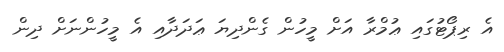
އެ ރިޕޯޓުގައި ޢުމްރާ އަށް މީހުން ގެންދިޔަ ޢަދަދާއި އެ މީހުންނަށް ދިން